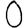
Digit: 0